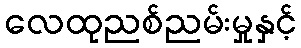
လေထုညစ်ညမ်းမှုနှင့်